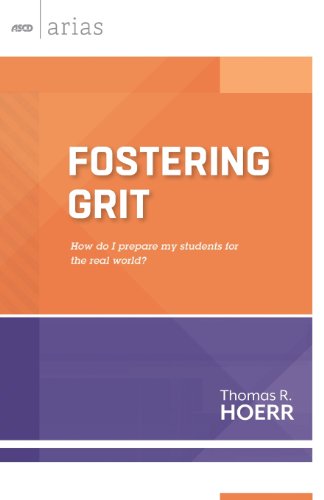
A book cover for Fostering Grit: How do I prepare my students for the real world? (ASCD Arias); Thomas R. Hoerr; Education & Teaching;